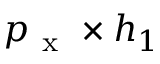
p _ { \mathrm { ~ x ~ } } \times h _ { 1 }